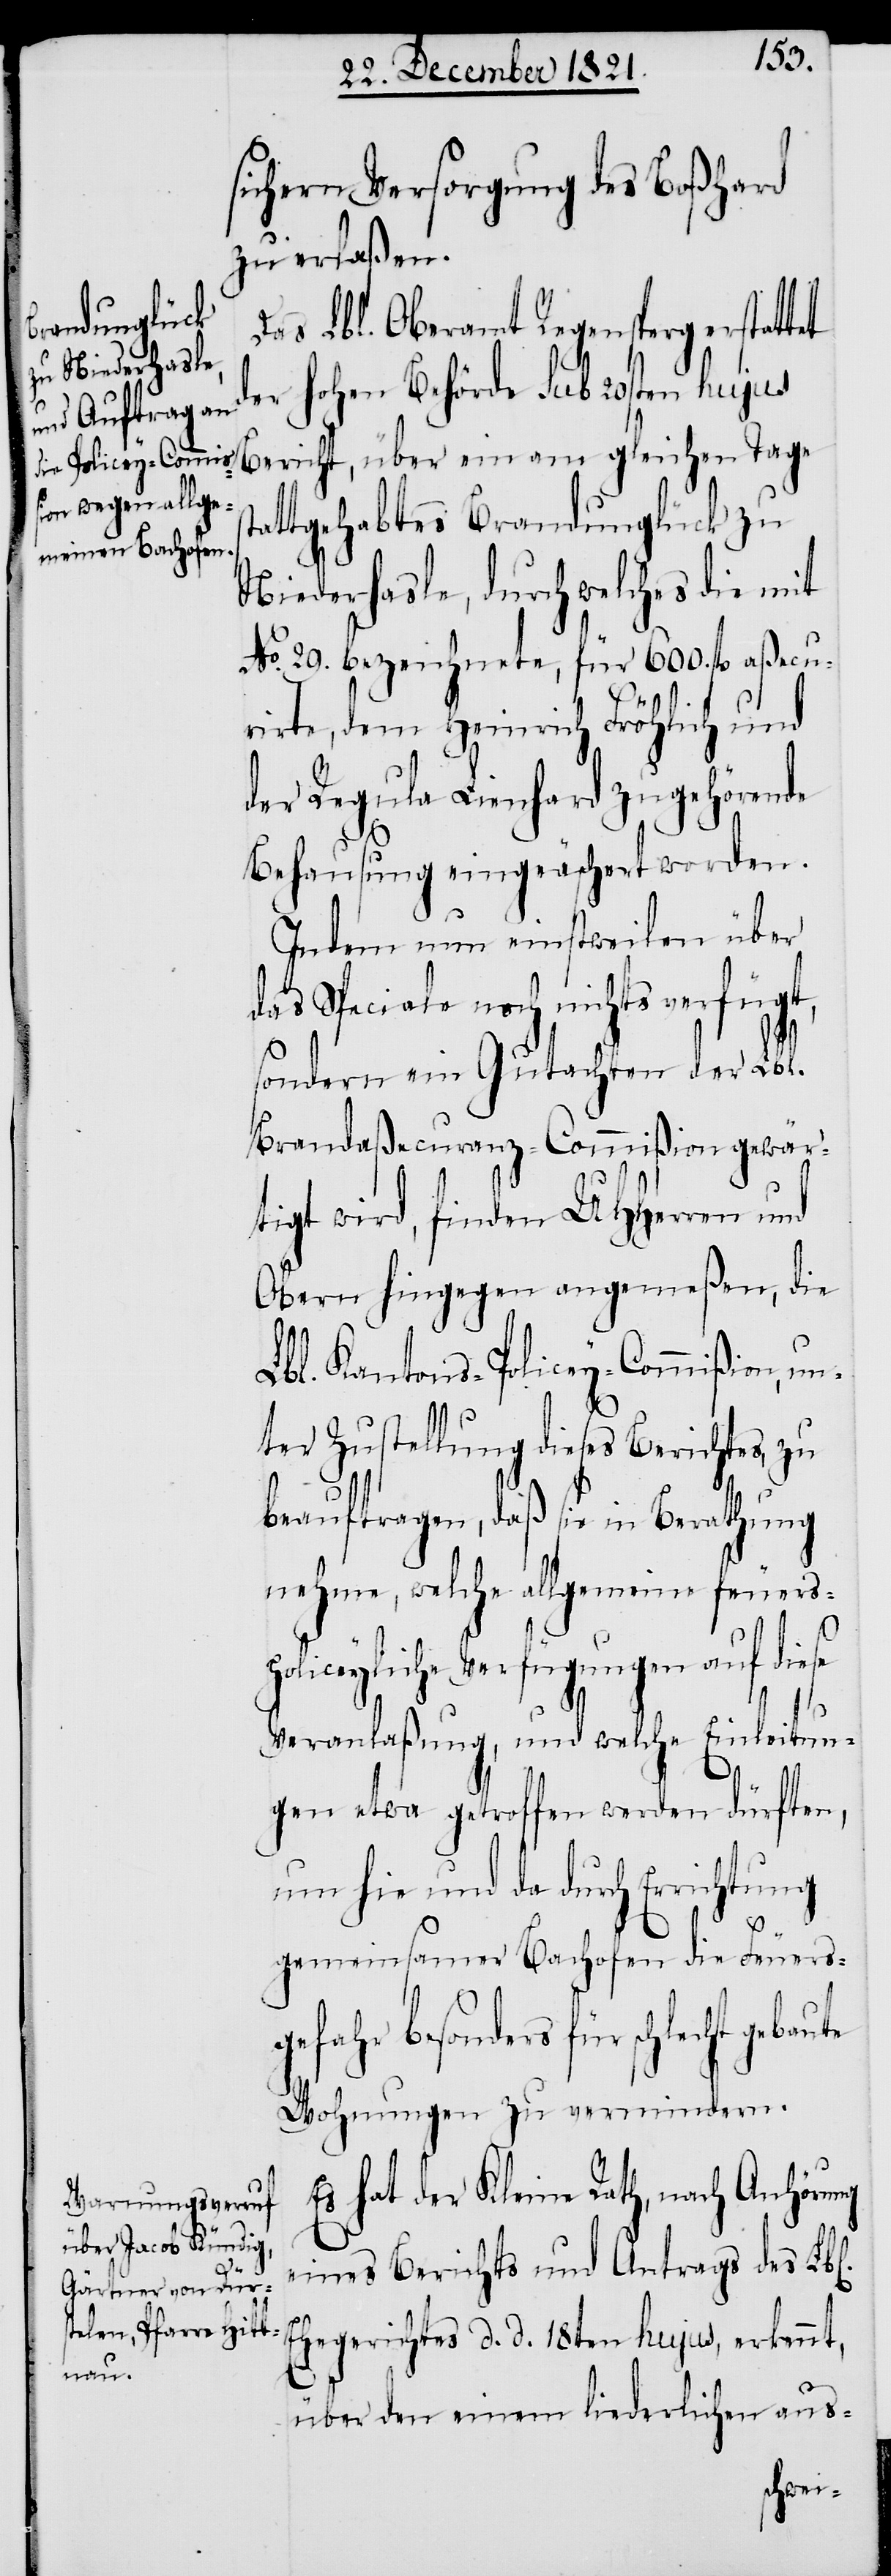
ng
l[ichen].

sichern Versorgung des Boßhard
zu erlaßen.
Das Lbl. Oberamt Regensperg erstat¬
er hohen Behörde sub 20sten hujus
Bericht, über ein am gleichen Tage
attgehabtes Brandunglück zu
Niederhasle, durch welches die mit
No. 29. bezeichntete, für 600. fl. aßecu¬
se
rirte, dem Heinrich Fröhlich und
der Regula Lienhard zugehörende
Behausung eingeäschert worden.
Indem nun einstweilen über
das Speciale noch nichts verfügt,
sondern ein Gutachten der Lbl.
Brandaßecuranz-Commißion gewär¬
tigt wird, finden UHHerren und
Obern hingegen angemeßen, die
Lbl. Kantons-Policey-Commißion, u¬
nter Zustellung dieses Berichtes, zu
beauftragen, daß sie in Berathung
nehme, welche allgemeine feuers¬
liceyliche Verfügungen auf die¬
Veranlaßung, und welche Einleitun¬
gen etwa getroffen werden dürften,
um hie und da durch Errichtung
gemeinsamer Bachofen die Feuers¬
gefahr besonders für schlecht
Wohnungen zu vermindern.
Es hat der Kleine Rath, nach Anhöru¬
eines Berichts und Antrags des Lb¬
Ehegerichtes d. d. 18ten hujus, erkennt,
über den einem liederlichen aus-